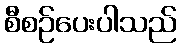
စီစဉ်ပေးပါသည်